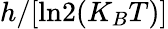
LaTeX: h/[\mathrm{ln}2(K_{B}T)]